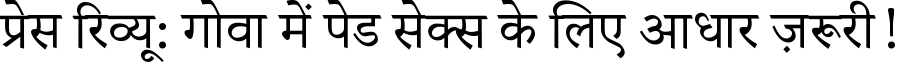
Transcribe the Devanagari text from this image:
प्रेस रिव्यू: गोवा में पेड सेक्स के लिए आधार ज़रूरी!